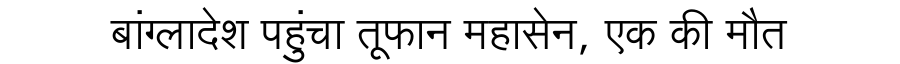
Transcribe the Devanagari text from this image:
बांग्लादेश पहुंचा तूफान महासेन, एक की मौत